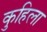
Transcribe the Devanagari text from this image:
कुहिला